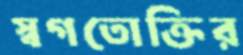
স্বগতোক্তির